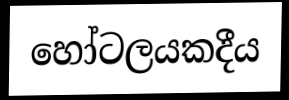
හෝටලයකදීය